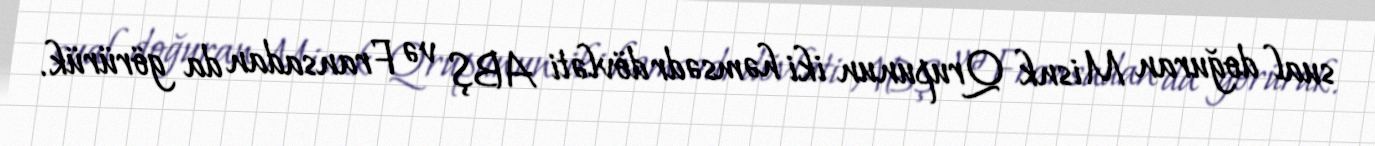
sual doğuran Misnk Qrupunun iki həmsədr dövləti ABŞ və Fransadan da görürük.